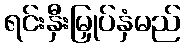
ရင်းနှီးမြှုပ်နှံမည်